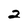
Character: 2